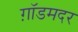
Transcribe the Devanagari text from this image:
ग़ॉडमदर